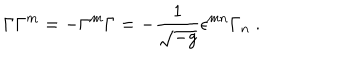
LaTeX: \Gamma \Gamma ^ { m } = - \Gamma ^ { m } \Gamma = - \frac { 1 } { \sqrt { - g } } \epsilon ^ { m n } \Gamma _ { n } ~ .